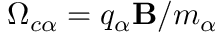
\Omega _ { c \alpha } = q _ { \alpha } \mathbf { B } / m _ { \alpha }